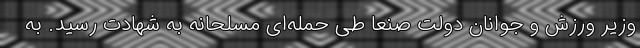
وزیر ورزش و جوانان دولت صنعا طی حمله‌ای مسلحانه به شهادت رسید. به